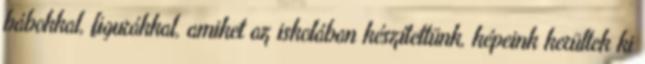
bábokkal, figurákkal, amiket az iskolában készítettünk, képeink kerültek ki